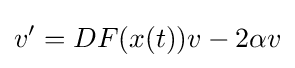
v^{\prime }=DF(x(t))v-2\alpha v